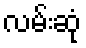
လမ်းဆုံ